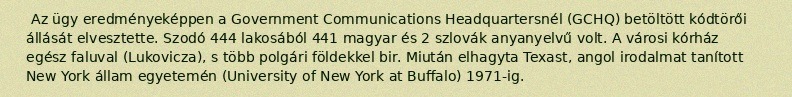
Az ügy eredményeképpen a Government Communications Headquartersnél (GCHQ) betöltött kódtörői állását elvesztette. Szodó 444 lakosából 441 magyar és 2 szlovák anyanyelvű volt. A városi kórház egész faluval (Lukovicza), s több polgári földekkel bir. Miután elhagyta Texast, angol irodalmat tanított New York állam egyetemén (University of New York at Buffalo) 1971-ig.